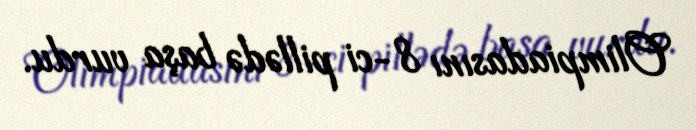
Olimpiadasını 8-ci pillədə başa vurdu.